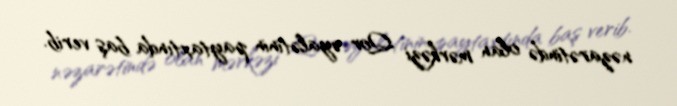
nəzarətində olan mərkəzi Qor əyalətinin paytaxtında baş verib.